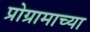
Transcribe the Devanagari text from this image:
प्रोग्रामाच्या